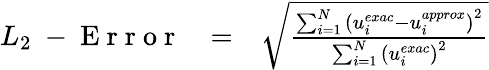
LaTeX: \begin{array}{rcl}{L_{2}\mathrm{~-~E~r~r~o~r~}}&{=}&{\sqrt{\frac{\sum_{i=1}^{N}\left(u_{i}^{exac}-u_{i}^{approx}\right)^{2}}{\sum_{i=1}^{N}\left(u_{i}^{exac}\right)^{2}}}}\end{array}